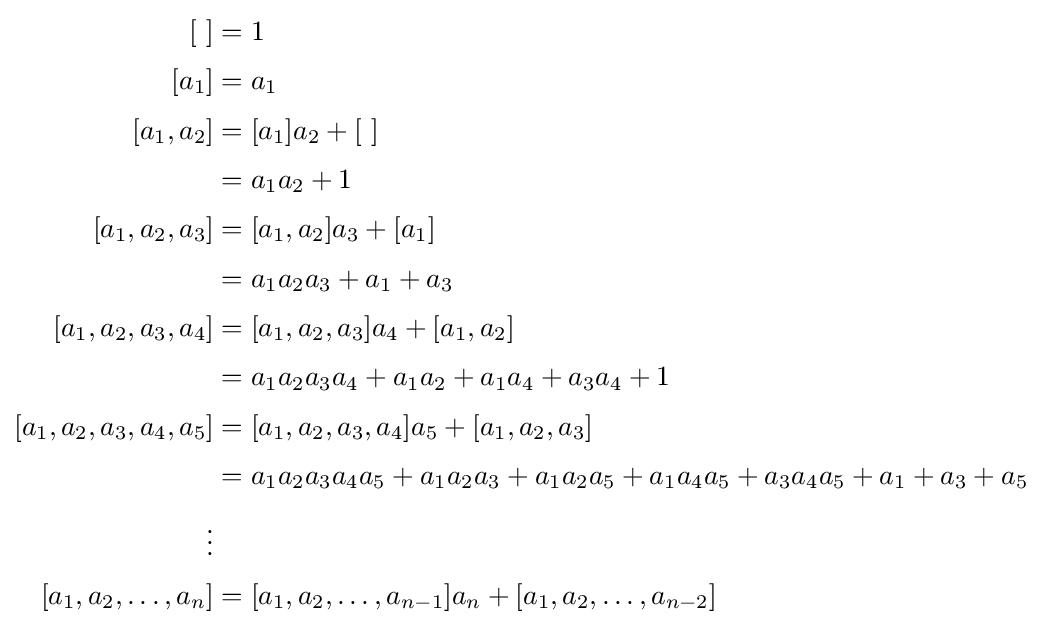
{\begin{aligned}\quad [\,\,]&=1\\[1mm][a_{1}]&=a_{1}\\[1mm][a_{1},a_{2}]&=[a_{1}]a_{2}+[\,\,]\\[1mm]&=a_{1}a_{2}+1\\[1mm][a_{1},a_{2},a_{3}]&=[a_{1},a_{2}]a_{3}+[a_{1}]\\[1mm]&=a_{1}a_{2}a_{3}+a_{1}+a_{3}\\[1mm][a_{1},a_{2},a_{3},a_{4}]&=[a_{1},a_{2},a_{3}]a_{4}+[a_{1},a_{2}]\\[1mm]&=a_{1}a_{2}a_{3}a_{4}+a_{1}a_{2}+a_{1}a_{4}+a_{3}a_{4}+1\\[1mm][a_{1},a_{2},a_{3},a_{4},a_{5}]&=[a_{1},a_{2},a_{3},a_{4}]a_{5}+[a_{1},a_{2},a_{3}]\\[1mm]&=a_{1}a_{2}a_{3}a_{4}a_{5}+a_{1}a_{2}a_{3}+a_{1}a_{2}a_{5}+a_{1}a_{4}a_{5}+a_{3}a_{4}a_{5}+a_{1}+a_{3}+a_{5}\\[1mm]\vdots &\\[1mm][a_{1},a_{2},\ldots ,a_{n}]&=[a_{1},a_{2},\ldots ,a_{n-1}]a_{n}+[a_{1},a_{2},\ldots ,a_{n-2}]\end{aligned}}